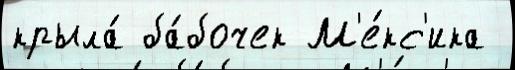
крыла́ ба́бочек М'е́кс'ика